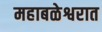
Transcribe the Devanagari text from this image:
महाबळेश्वरात